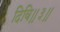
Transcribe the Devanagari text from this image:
दिवि॥३॥